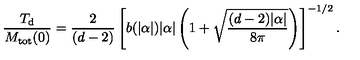
\frac { T _ { \mathrm { d } } } { M _ { \mathrm { t o t } } ( 0 ) } = \frac { 2 } { ( d - 2 ) } \left[ b ( | \alpha | ) | \alpha | \left( 1 + \sqrt { \frac { ( d - 2 ) | \alpha | } { 8 \pi } } \right) \right] ^ { - 1 / 2 } { . }